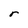
Character: r